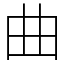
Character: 曲